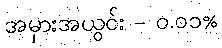
အမှားအယွင်း - ၀.၀၁%